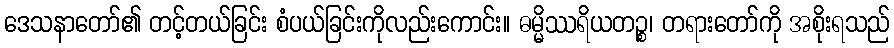
ဒေသနာတော်၏ တင့်တယ်ခြင်း စံပယ်ခြင်းကိုလည်းကောင်း။ ဓမ္မိဿရိယတဉ္စ၊ တရားတော်ကို အစိုးရသည်